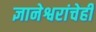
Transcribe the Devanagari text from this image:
ज्ञानेश्वरांचेही